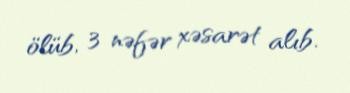
ölüb, 3 nəfər xəsarət alıb.